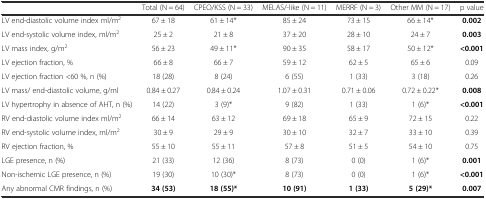
|  | Total (N = 64) | CPEO/KSS (N = 33) | MELAS/-like (N = 11) | MERRF (N = 3) | Other MM (N = 17) | p value |
 | --- | --- | --- | --- | --- | --- | --- |
 | LV end-diastolic volume index ml/m2 | 67 ± 18 | 61 ± 14* | 85 ± 24 | 73 ± 15 | 66 ± 14* | 0.002 |
 | LV end-systolic volume index, ml/m2 | 25 ± 2 | 21 ± 8 | 37 ± 20 | 28 ± 10 | 24 ± 7 | 0.003 |
 | LV mass index, g/m2 | 56 ± 23 | 49 ± 11* | 90 ± 35 | 58 ± 17 | 50 ± 12* | <0.001 |
 | LV ejection fraction, % | 66 ± 8 | 66 ± 7 | 59 ± 12 | 62 ± 5 | 65 ± 6 | 0.09 |
 | LV ejection fraction <60 %, n (%) | 18 (28) | 8 (24) | 6 (55) | 1 (33) | 3 (18) | 0.26 |
 | LV mass/ end-diastolic volume, g/ml | 0.84 ± 0.27 | 0.84 ± 0.24 | 1.07 ± 0.31 | 0.71 ± 0.06 | 0.72 ± 0.22* | 0.008 |
 | LV hypertrophy in absence of AHT, n (%) | 14 (22) | 3 (9)* | 9 (82) | 1 (33) | 1 (6)* | <0.001 |
 | RV end-diastolic volume index ml/m2 | 66 ± 14 | 63 ± 12 | 69 ± 18 | 65 ± 9 | 72 ± 15 | 0.22 |
 | RV end-systolic volume index, ml/m2 | 30 ± 9 | 29 ± 9 | 30 ± 10 | 32 ± 7 | 33 ± 10 | 0.39 |
 | RV ejection fraction, % | 55 ± 10 | 55 ± 11 | 57 ± 8 | 51 ± 5 | 54 ± 10 | 0.75 |
 | LGE presence, n (%) | 21 (33) | 12 (36) | 8 (73) | 0 (0) | 1 (6)* | 0.001 |
 | Non-ischemic LGE presence, n (%) | 19 (30) | 10 (30)* | 8 (73) | 0 (0) | 1 (6)* | <0.001 |
 | Any abnormal CMR findings, n (%) | 34 (53) | 18 (55)* | 10 (91) | 1 (33) | 5 (29)* | 0.007 |